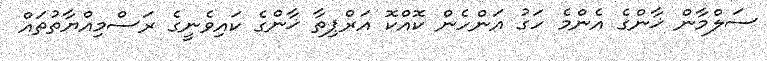
ސަލްމާން ޚާންގެ އެންމެ ހަގު އަންހެން ކޮއްކޮ އަރްޕިތާ ޚާންގެ ކައިވެނީގެ ރަސްމިއްޔާތުތައް